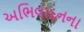
અભિવાદનના